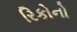
રિકોનો